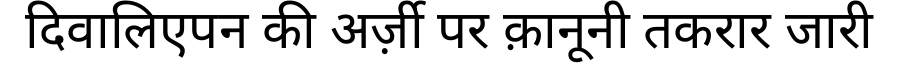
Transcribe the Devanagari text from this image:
दिवालिएपन की अर्ज़ी पर क़ानूनी तकरार जारी